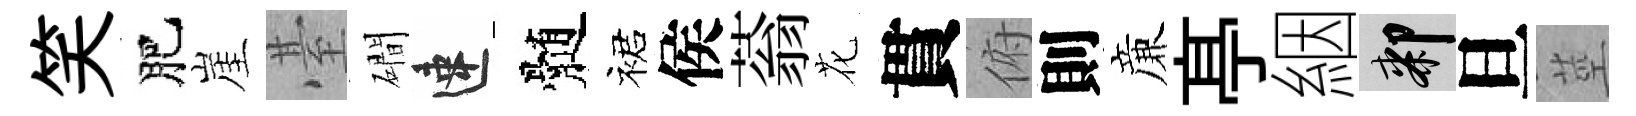
笑肥崖䑓磵速髄裙侯蓊花貫俯則亷𠅘絪膝旦莖